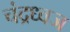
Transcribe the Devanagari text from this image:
चंद्रध्वज